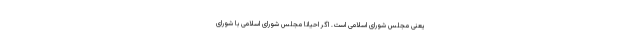
یعنی مجلس شورای اسلامی است. اگر احیاناً مجلس شورای اسلامی با شورای